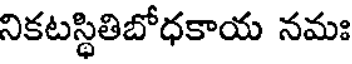
నికటస్థితిబోధకాయ నమః